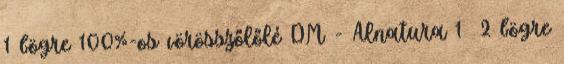
1 bögre 100%-os vörösszőlőlé DM - Alnatura 1 2 bögre